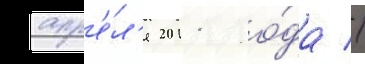
апр'е́л'я 2011 го́да //